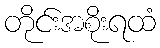
တိုင်းအစိုးရထံ